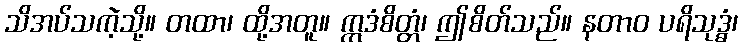
သိအပ်သကဲ့သို့။ တထာ၊ ထို့အတူ။ ဣဒံစိတ္တံ၊ ဤစိတ်သည်။ နတာဝ ပရိသုဒ္ဓံ၊